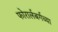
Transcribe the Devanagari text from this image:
फोरार्लबर्गच्या